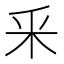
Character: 釆